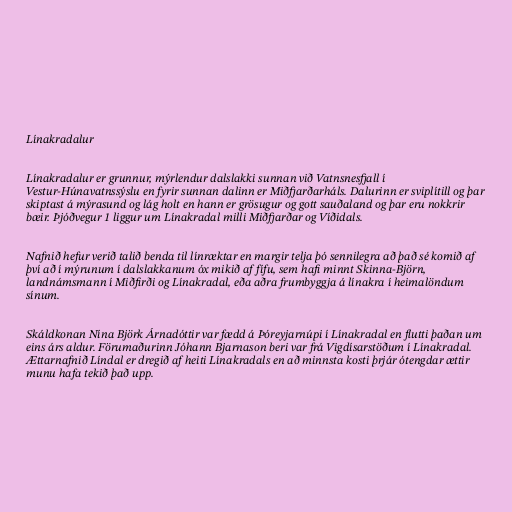
Línakradalur

Línakradalur er grunnur, mýrlendur dalslakki sunnan við Vatnsnesfjall í
Vestur-Húnavatnssýslu en fyrir sunnan dalinn er Miðfjarðarháls. Dalurinn er sviplítill og þar
skiptast á mýrasund og lág holt en hann er grösugur og gott sauðaland og þar eru nokkrir
bæir. Þjóðvegur 1 liggur um Línakradal milli Miðfjarðar og Víðidals.

Nafnið hefur verið talið benda til línræktar en margir telja þó sennilegra að það sé komið af
því að í mýrunum í dalslakkanum óx mikið af fífu, sem hafi minnt Skinna-Björn,
landnámsmann í Miðfirði og Línakradal, eða aðra frumbyggja á línakra í heimalöndum
sínum.

Skáldkonan Nína Björk Árnadóttir var fædd á Þóreyjarnúpi í Línakradal en flutti þaðan um
eins árs aldur. Förumaðurinn Jóhann Bjarnason beri var frá Vigdísarstöðum í Línakradal.
Ættarnafnið Líndal er dregið af heiti Línakradals en að minnsta kosti þrjár ótengdar ættir
munu hafa tekið það upp.